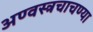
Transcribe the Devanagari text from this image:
अण्वस्त्रचाचण्या